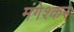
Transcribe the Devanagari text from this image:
मंगेश्कर